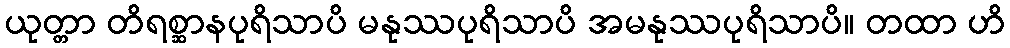
ယုတ္တာ တိရစ္ဆာနပုရိသာပိ မနုဿပုရိသာပိ အမနုဿပုရိသာပိ။ တထာ ဟိ